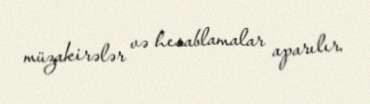
müzakirələr və hesablamalar aparılır.